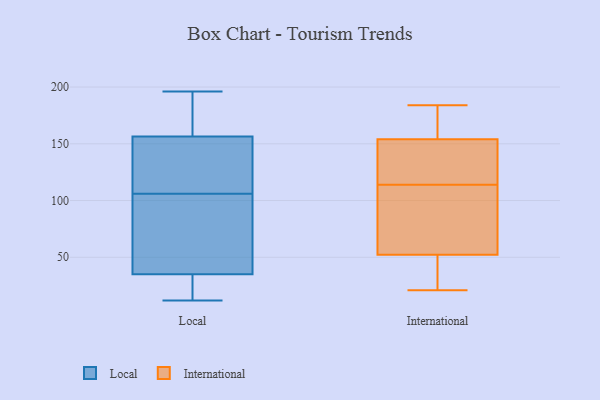
{"axis": {"x": "Page Views", "y": "Value"}, "legend": ["International", "Local"], "data": [{"x": "", "y": 184, "type": "Local"}, {"x": "", "y": 133, "type": "Local"}, {"x": "", "y": 13, "type": "Local"}, {"x": "", "y": 108, "type": "Local"}, {"x": "", "y": 35, "type": "Local"}, {"x": "", "y": 161, "type": "Local"}, {"x": "", "y": 60, "type": "Local"}, {"x": "", "y": 154, "type": "Local"}, {"x": "", "y": 12, "type": "Local"}, {"x": "", "y": 103, "type": "Local"}, {"x": "", "y": 196, "type": "Local"}, {"x": "", "y": 169, "type": "Local"}, {"x": "", "y": 106, "type": "Local"}, {"x": "", "y": 60, "type": "Local"}, {"x": "", "y": 35, "type": "Local"}, {"x": "", "y": 155, "type": "Local"}, {"x": "", "y": 33, "type": "Local"}, {"x": "", "y": 26, "type": "International"}, {"x": "", "y": 114, "type": "International"}, {"x": "", "y": 21, "type": "International"}, {"x": "", "y": 87, "type": "International"}, {"x": "", "y": 135, "type": "International"}, {"x": "", "y": 50, "type": "International"}, {"x": "", "y": 109, "type": "International"}, {"x": "", "y": 165, "type": "International"}, {"x": "", "y": 140, "type": "International"}, {"x": "", "y": 27, "type": "International"}, {"x": "", "y": 59, "type": "International"}, {"x": "", "y": 163, "type": "International"}, {"x": "", "y": 89, "type": "International"}, {"x": "", "y": 171, "type": "International"}, {"x": "", "y": 43, "type": "International"}, {"x": "", "y": 115, "type": "International"}, {"x": "", "y": 184, "type": "International"}, {"x": "", "y": 158, "type": "International"}, {"x": "", "y": 142, "type": "International"}]}